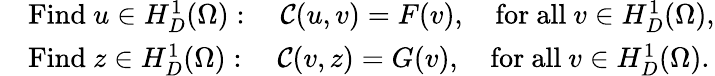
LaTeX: \begin{array}{rl}&{\mathrm{Find~}u\in H_{D}^{1}(\Omega):\quad\mathcal{C}(u,v)=F(v),\quad\mathrm{for~all~}v\in H_{D}^{1}(\Omega),}\\ &{\mathrm{Find~}z\in H_{D}^{1}(\Omega):\quad\mathcal{C}(v,z)=G(v),\quad\mathrm{for~all~}v\in H_{D}^{1}(\Omega).}\end{array}